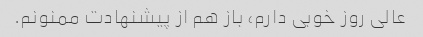
عالی روز خوبی دارم، باز هم از پیشنهادت ممنونم.